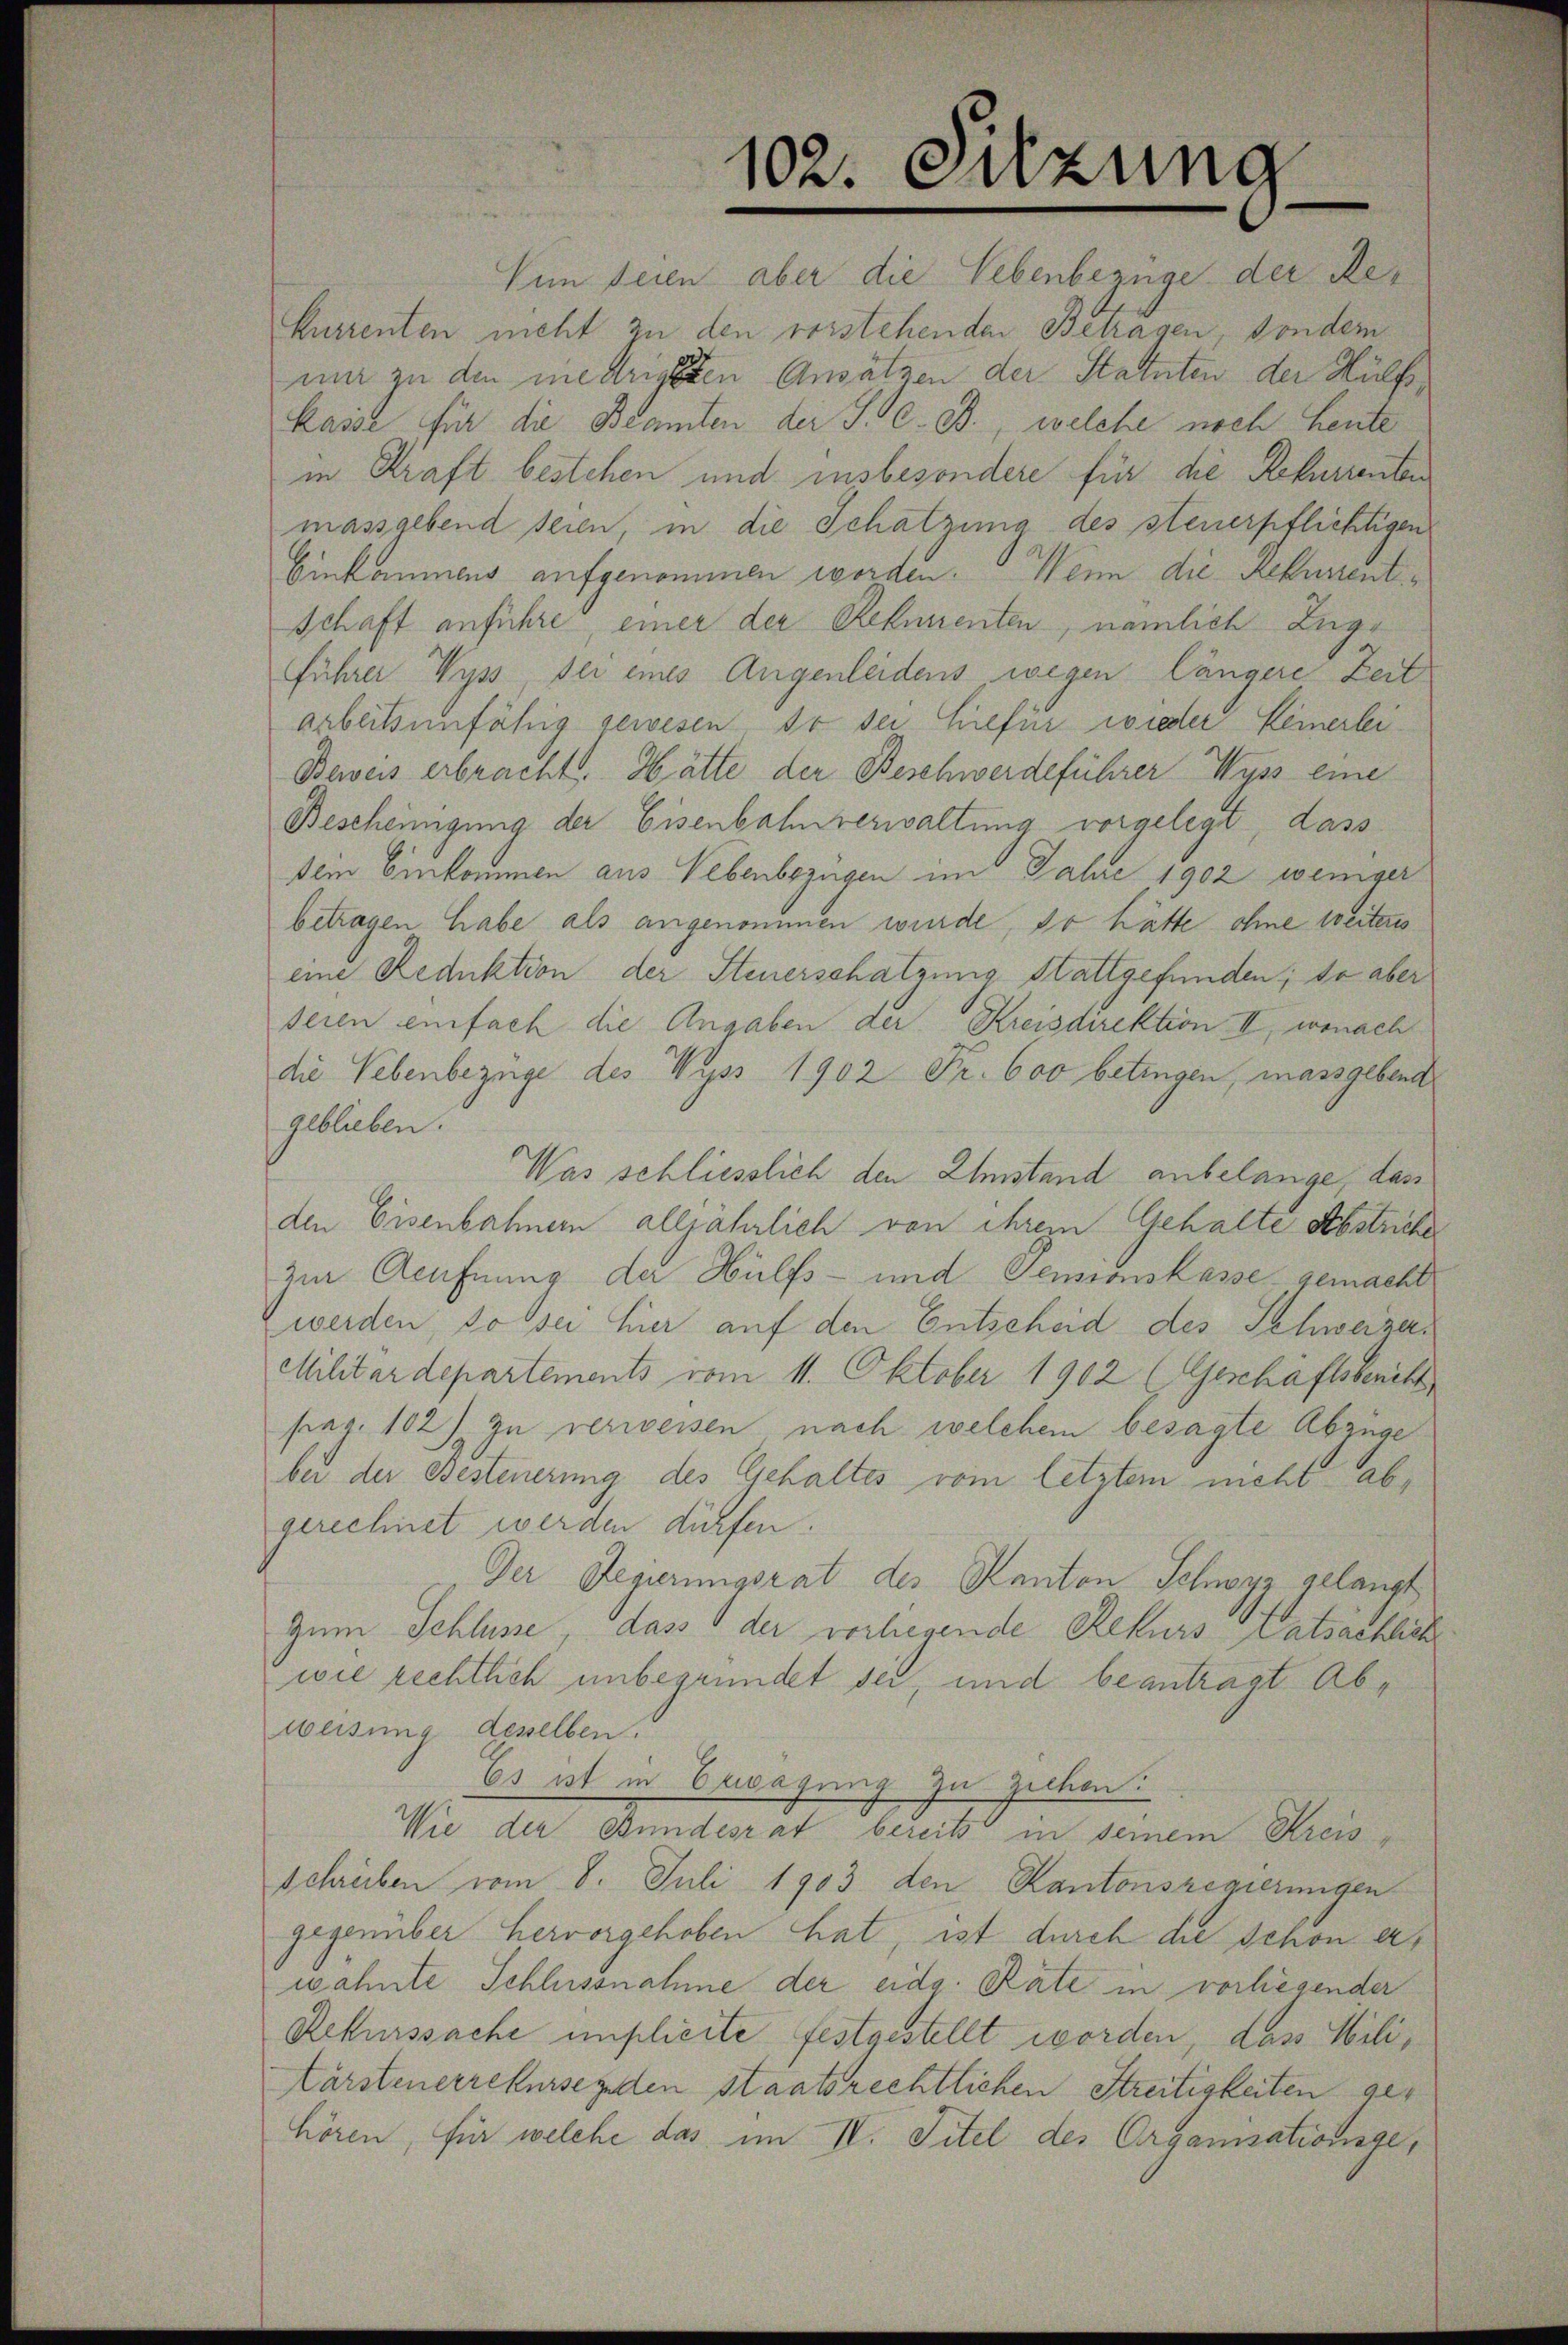
Vun seien aber die Lebenbezüge der Rekurrenten nicht zu den vorstehenden Betragen, sonder
mir zu den niedrigsten Ansätzen der Statuten der Hülfs¬
Kasse für die Beamten der S. C. c., welche noch heute
in Kraft bestehen und insbesondere für die Rekurrenten
massgebend seien, in die Schatzung des steuerpflichtigen
Einkommens aufgenommen worden. Wenn die Rekurrent¬
Schaft anführe, einer der Rehmenten, nämlich Zug¬
Führer Wyss sei eines Augenleidens wegen längere Zeit
arbeitsunfähig gewesen so der hiefür wieder Heinerlei¬
Beweis erbracht. Hätte der Beschwerdeführer Wyss eine
Bescheinigung der Eisenbahnverwaltung vorgelegt, dass
Dein Einkommen aus Nebenbezügen im Jahre 1902 weniger
betragen habe als angenommen wurde, so hätte ohne weitens
eine Reduktion der Steuerschatzung Stattgefunden; da aber
seien einfach die Angaben der Kreisdirektion II., wonach
die Nebenbezüge des Wyss 1902 Fr. 600 betingen, massgebend
geblieben.
Was schliesslich den Umstand anbelange, das
den Eisenbahnern alljährlich von ihrem Gehalte Abstriche
zur Aeufnung der Hülfs- und Sensionskasse gemachte
werden, so sei hier auf den Entscheid des Schweizer¬
Militärdepartements vom 11. Oktober 1902 (Geschäftsbericht
pag. 102) zu verweisen, nach welchem besagte Abzüge
bei der Besteuerung des Gehaltes vom letztem nicht abgerechnet werden dürfen.
Der Regierungsrat des Kanton Schwyz gelangt
Zum Schlüsse, dass der vorlegende Rekurs Tatsachlich
wie rechtlich unbegründet sei, und beantragt Abweisung desselben.
Es ist in Erwägung zu Zucken.
Wie der Bundesrat bereits in seinem Kreisschreiben vom 8. Juli 1903 den Kantonsregierungen
gegenüber hervorgehoben hat, ist durch die Schon ers
wähnte Schlussnahme der eidg. Rate in vorliegender
Rekurssache implicite festgestellt worden, dass Mili¬
Kürsteuerrekursenden staatsrechtlichen Streitigkeiten gehören, für welche das im IV. Titel des Organisationsge¬

102. Sitzung